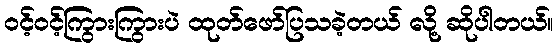
ဝင့်ဝင့်ကြွားကြွားပဲ ထုတ်ဖော်ပြသခဲ့တယ် လို့ ဆိုပါတယ်။